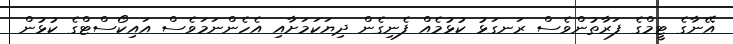
އޭނާގެ ޓީމްގެ ފަރާތުންވެސް ރަނގަޅު ކުޅުމެއް ފެނިގެން ދިޔަކަމަށާއި އެހެންނަމަވެސް އައިކޯސްޓްގެ ކުޅުން